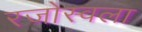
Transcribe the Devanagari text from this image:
रजोस्वला